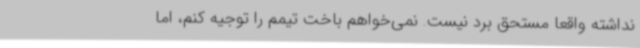
نداشته واقعا مستحق برد نیست. نمی‌خواهم باخت تیمم را توجیه کنم، اما